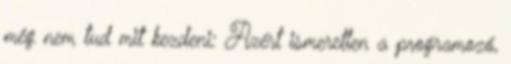
még nem tud mit kezdeni: Azért ismeretlen a programozó,